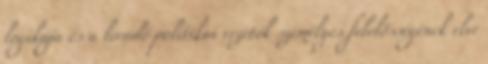
logikája és a leendő politikai vezetők személyes felelősségének elve